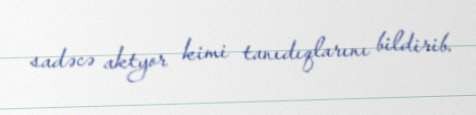
sadəcə aktyor kimi tanıdıqlarını bildirib.